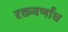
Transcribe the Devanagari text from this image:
रक्तवर्णांध